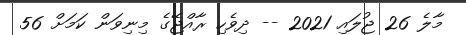
މާލެ 26 ޖުލައި 2021 -- ދިވެހި ރާއްޖޭގެ މިނިވަން ކަމަށް 56